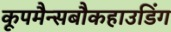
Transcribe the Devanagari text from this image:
कूपमैन्सबौकहाउडिंग